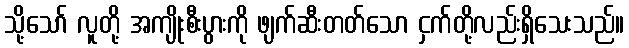
သို့သော် လူတို့ အကျိုးစီးပွားကို ဖျက်ဆီးတတ်သော ငှက်တို့လည်းရှိသေးသည်။